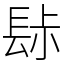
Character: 䦊